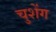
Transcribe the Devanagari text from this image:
चुशेंग